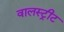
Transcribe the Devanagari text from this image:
वालस्ट्रीट